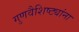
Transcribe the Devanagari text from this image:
गुणवैशिष्ट्यांना